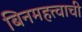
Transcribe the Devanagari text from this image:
बिनमहत्त्वाची